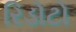
રિડોટો